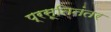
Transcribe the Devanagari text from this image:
प्रसूतिनंतर